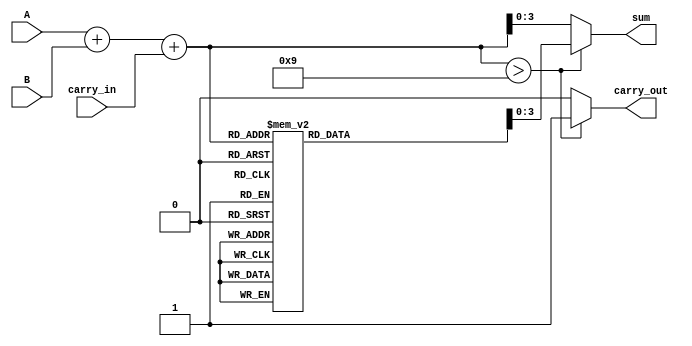
module BCD_LUT_Adder (
    input [3:0] A,          // First BCD digit
    input [3:0] B,          // Second BCD digit
    input carry_in,         // Carry input from previous addition
    output reg [3:0] sum,   // BCD sum output
    output reg carry_out     // Carry output
);

    // Internal signal for the binary sum
    wire [4:0] binary_sum;  // 5-bit to accommodate carry
    wire [4:0] adjusted_sum; // Adjusted sum after LUT application

    // Step 1: Initial binary addition
    assign binary_sum = A + B + carry_in;

    // Step 2: Look-Up Table for BCD adjustment
    always @(*) begin
        case (binary_sum)
            5'b00000: adjusted_sum = 5'b00000; // 0
            5'b00001: adjusted_sum = 5'b00001; // 1
            5'b00010: adjusted_sum = 5'b00010; // 2
            5'b00011: adjusted_sum = 5'b00011; // 3
            5'b00100: adjusted_sum = 5'b00100; // 4
            5'b00101: adjusted_sum = 5'b00101; // 5
            5'b00110: adjusted_sum = 5'b00110; // 6
            5'b00111: adjusted_sum = 5'b00111; // 7
            5'b01000: adjusted_sum = 5'b01000; // 8
            5'b01001: adjusted_sum = 5'b01001; // 9
            5'b01010: adjusted_sum = 5'b01100; // 10 -> 0 + carry
            5'b01011: adjusted_sum = 5'b01101; // 11 -> 1 + carry
            5'b01100: adjusted_sum = 5'b01110; // 12 -> 2 + carry
            5'b01101: adjusted_sum = 5'b01111; // 13 -> 3 + carry
            5'b01110: adjusted_sum = 5'b10000; // 14 -> 4 + carry
            5'b01111: adjusted_sum = 5'b10001; // 15 -> 5 + carry
            5'b10000: adjusted_sum = 5'b10010; // 16 -> 6 + carry
            5'b10001: adjusted_sum = 5'b10011; // 17 -> 7 + carry
            5'b10010: adjusted_sum = 5'b10100; // 18 -> 8 + carry
            default:  adjusted_sum = 5'b00000; // Default case (invalid)
        endcase
    end

    // Step 3: Assign outputs
    always @(*) begin
        if (binary_sum > 9) begin
            sum = adjusted_sum[3:0]; // Take the lower 4 bits for valid BCD
            carry_out = 1;            // Set carry out if sum > 9
        end else begin
            sum = binary_sum[3:0];   // Use the binary sum directly if valid BCD
            carry_out = 0;            // No carry out
        end
    end

endmodule